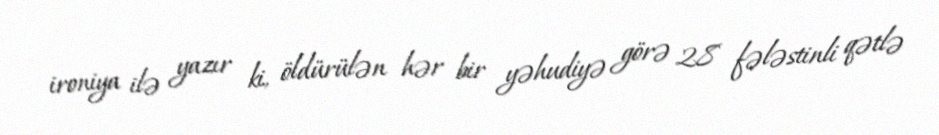
ironiya ilə yazır ki, öldürülən hər bir yəhudiyə görə 28 fələstinli qətlə